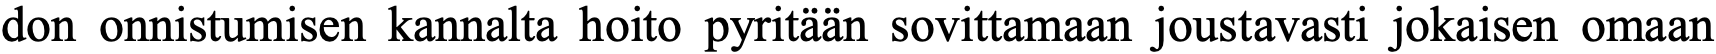
don onnistumisen kannalta hoito pyritään sovittamaan joustavasti jokaisen omaan